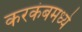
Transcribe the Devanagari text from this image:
करकंबमध्ये